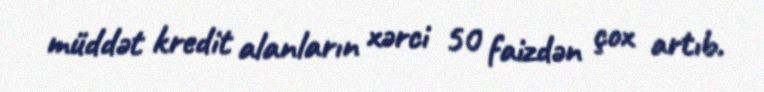
müddət kredit alanların xərci 50 faizdən çox artıb.